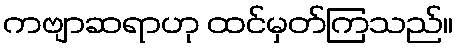
ကဗျာဆရာဟု ထင်မှတ်ကြသည်။